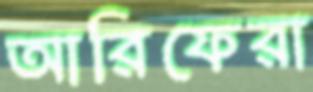
আরিফেরা